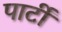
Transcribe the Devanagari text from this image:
पार्टीं